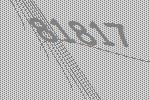
81817